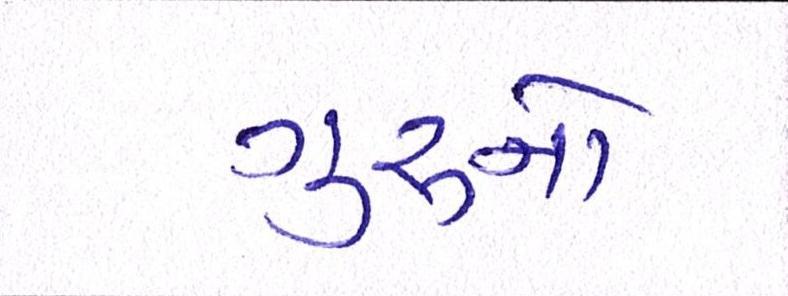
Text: ગુરૃનો